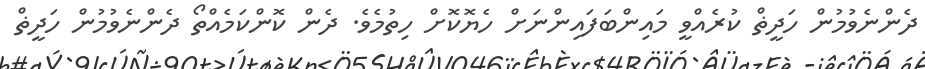
ދެންނެވުމުން ހަދީޡް ކުރެއްވީ މައިންބަފައިންނަށް ހެޔޮކޮށް ހިތުމެވެ. ދެން ކޮންކަމެއްތޯ ދެންނެވުމުން ހަދީޡް